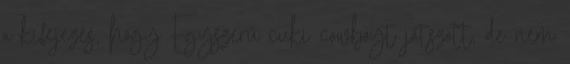
a kifejezés, hogy Egyszerű cuki cowboyt játszott, de nem